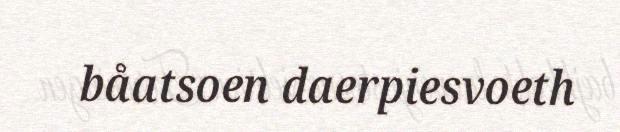
båatsoen daerpiesvoeth